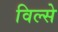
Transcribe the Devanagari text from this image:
विल्से